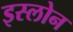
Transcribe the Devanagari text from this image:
इस्लोन